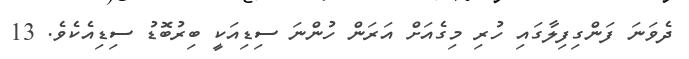
ދެވަނަ ފަންގިފިލާގައި ހުރި މިގެއަށް އަރަން ހުންނަ ސިޑިއަކީ ބިރުބޮޑު ސިޑިއެކެވެ. 13